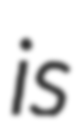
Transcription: is